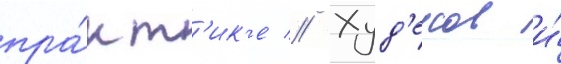
пра́кт'ик'е // Худ'еков и́